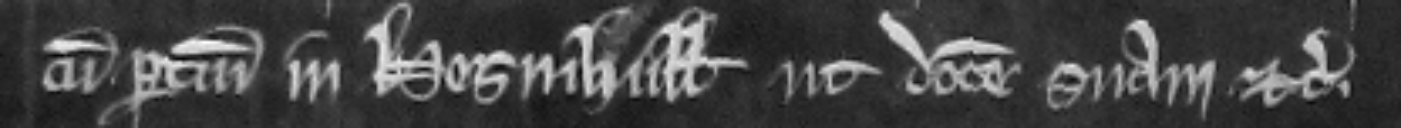
cum pertinenciis in Hesinhull ut dotem suam etc.